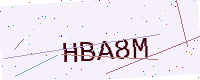
Text: HBA8M